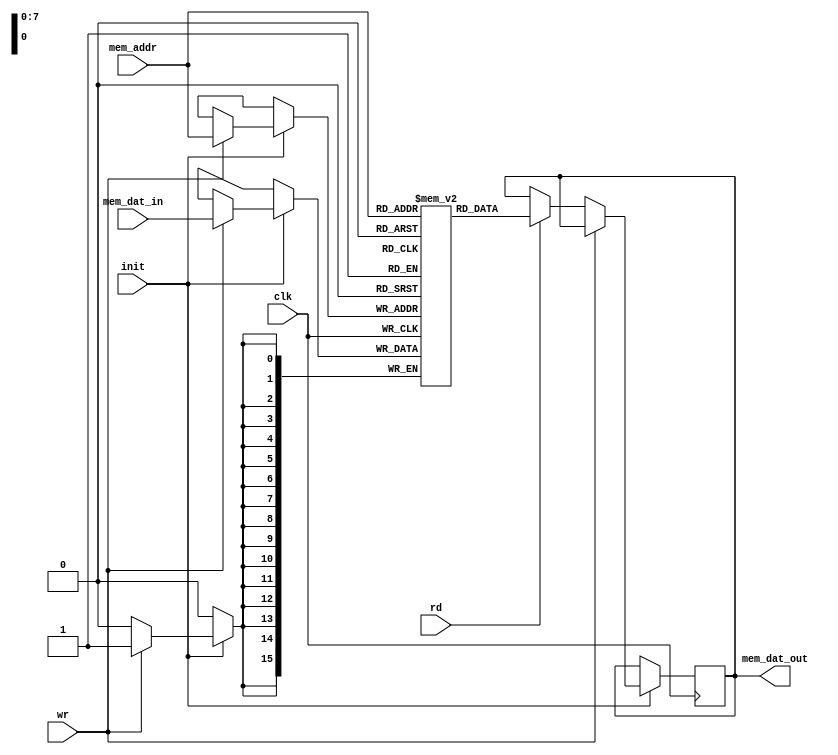
module RAM(clk, init, mem_dat_in, mem_dat_out, mem_addr, rd, wr);
	  
	input clk;
	input [15:0]mem_dat_in;
	input [7:0]mem_addr; // 8 LSB from address
	input rd;
	input wr;
	input init;

	output reg [15:0]mem_dat_out;

	// Declare the RAM variable
	reg [15:0]ram[255:0]; // 256-bit x 8-bit RAM
	
	always @(posedge clk) begin
		if(init) begin
			if(wr) begin
				ram[mem_addr] <= mem_dat_in;
			end else if(rd) begin
				mem_dat_out <= ram[mem_addr];
			end
		end
	end
	
endmodule